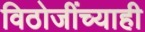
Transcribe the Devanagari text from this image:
विठोजींच्याही